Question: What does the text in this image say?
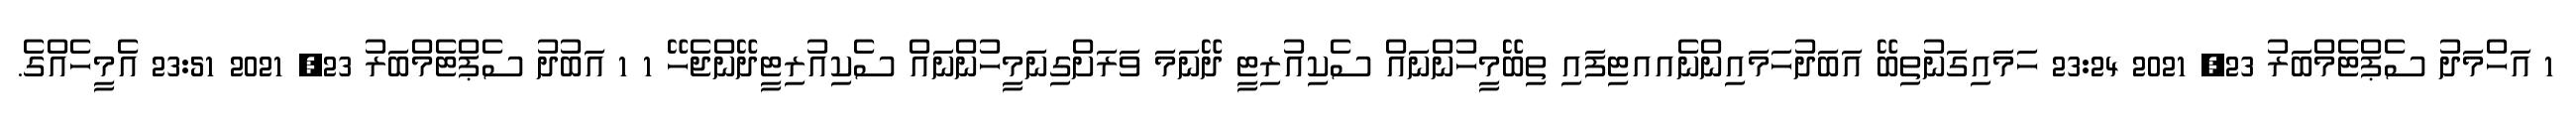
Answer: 1 އަހްމަދު ސެޕްޓެމްބަރު 23, 2021 23:24 ހަމައިގަނުތިބޭ އަބަދުހަމައިންނެއއޓިފައި ތިބޭމީހުންނައް ސެކިއުރިޓީ ދޭނަމަ ވަރަށްގިނަމީހުންނައް ސެކިއުރިޓީދޭންޖެހޭ 1 1 އަބުދު ސެޕްޓެމްބަރު 23, 2021 23:51 އެމީހެއްގެ.